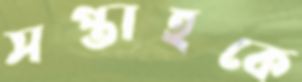
সপ্তাহকে